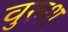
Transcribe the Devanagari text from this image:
वुरुश